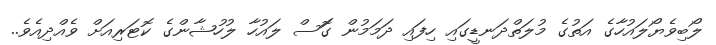
ލޯބިވެޔޯލައުހާގެ އަތުގެ މުލަތްދަނޑީގައި ހިފައި ދަމަމުން ގަޮސް ލައުހާ ލުހުޝާންގެ ކޮޓަރިއަށް ވެއްދިއެވެ..